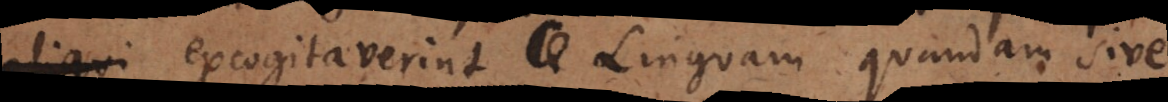
aliqui excogitaverint Linguam quandam sive